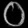
Digit: ၀